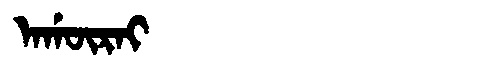
Manchu: ᠠᡤᡡᡵᠠᡳ
Romanization: AGŪRAI